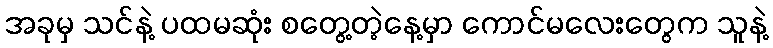
အခုမှ သင်နဲ့ ပထမဆုံး စတွေ့တဲ့နေ့မှာ ကောင်မလေးတွေက သူနဲ့